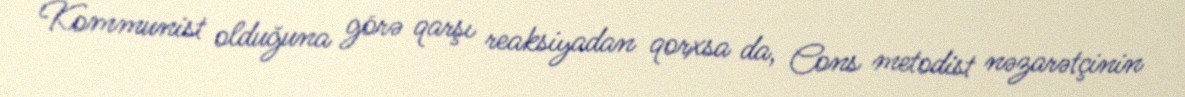
Kommunist olduğuna görə qarşı reaksiyadan qorxsa da, Cons metodist nəzarətçinin